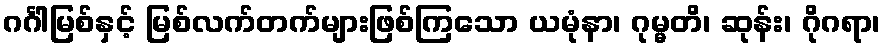
ဂင်္ဂါမြစ်နှင့် မြစ်လက်တက်များဖြစ်ကြသော ယမုံနာ၊ ဂုမ္မတိ၊ ဆုန်း၊ ဂိုဂရာ၊